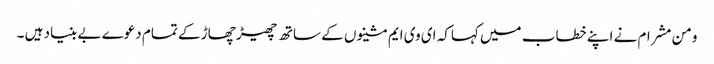
ومن مشرام نے اپنے خطاب میں کہاکہ ای وی ایم مشینوں کے ساتھ چھیڑ چھاڑ کے تمام دعوے بے بنیاد ہیں ۔